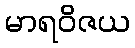
မာရဝိဇယ